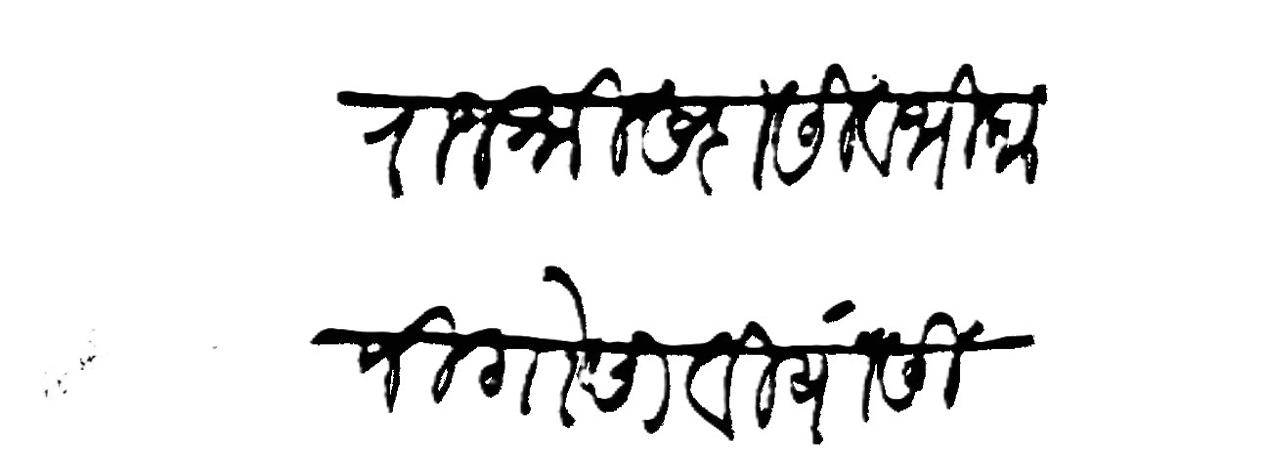
Transliteration (Devanagari): राजश्री सदासिव भिकाजी गोसावी यांसी